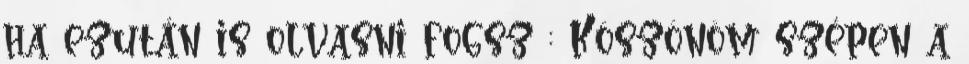
ha ezután is olvasni fogsz : Köszönöm szépen a